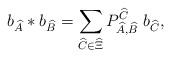
LaTeX: \begin{align*}b_{\widehat{A}} * b_{\widehat{B}} =\sum_{\widehat C\in \widehat{\Xi}} P_{\widehat A, \widehat B}^{\widehat C} \; b_{\widehat C},\end{align*}